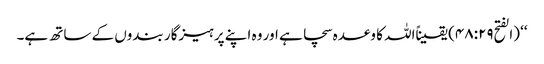
‘‘ (الفتح۴۸:۲۹) یقیناًاللہ کا وعدہ سچا ہے اور وہ اپنے پرہیزگار بندوں کے ساتھ ہے۔